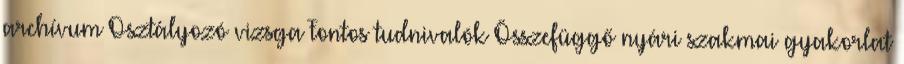
archívum Osztályozó vizsga Fontos tudnivalók Összefüggő nyári szakmai gyakorlat